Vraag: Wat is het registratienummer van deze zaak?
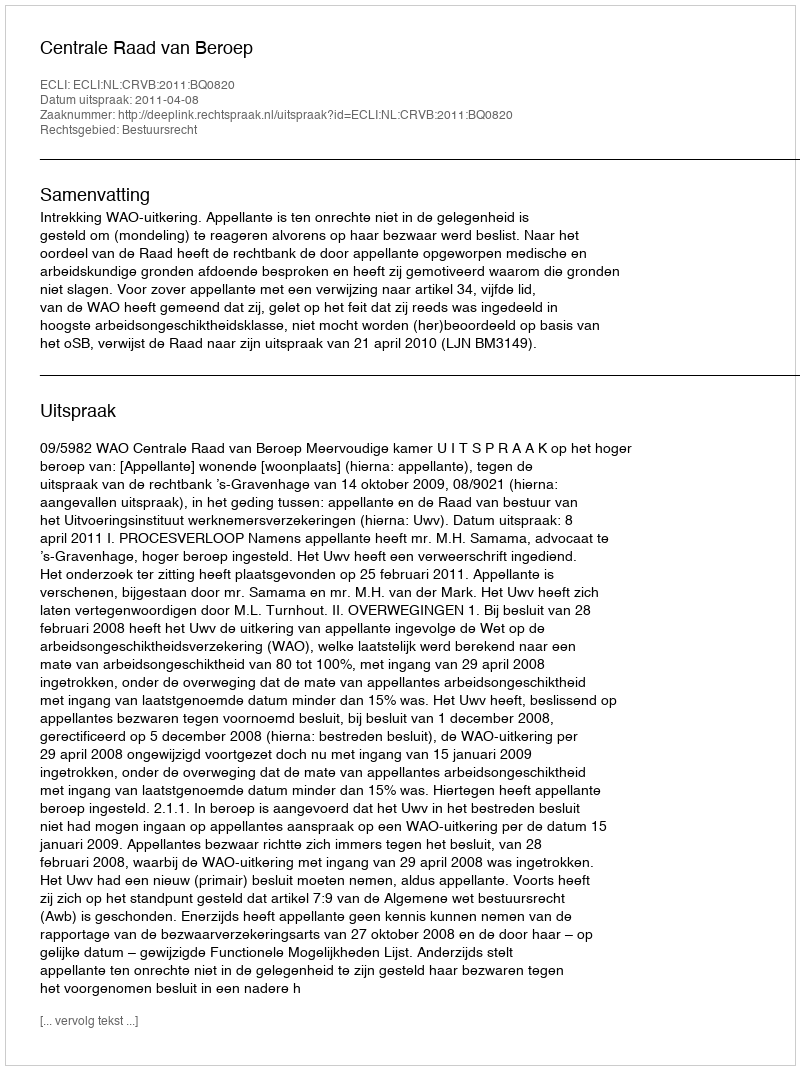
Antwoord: http://deeplink.rechtspraak.nl/uitspraak?id=ECLI:NL:CRVB:2011:BQ0820